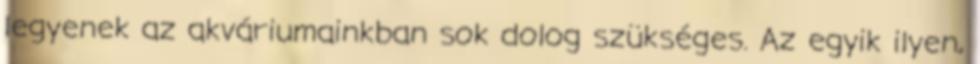
legyenek az akváriumainkban sok dolog szükséges. Az egyik ilyen,